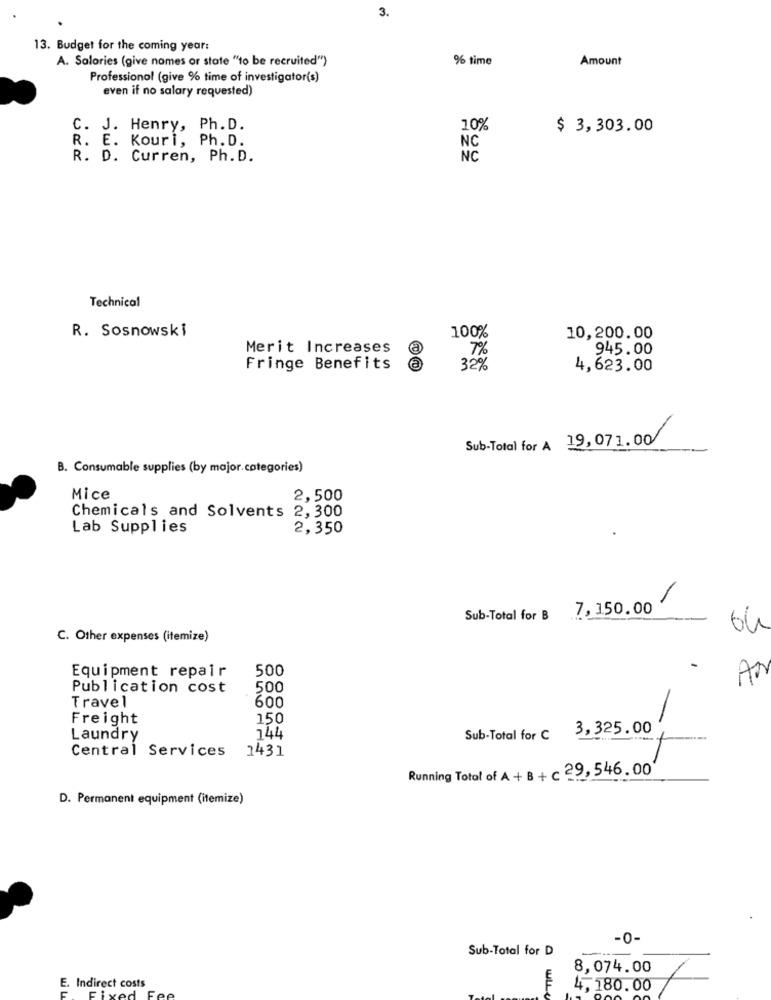
3.
13. Budget for the coming year:
A. Salaries (give names or state "to be recruited")
% time
Amount
Professional (give % time of investigator(s)
even if no salary requested)
C. J. Henry, Ph. D.
10%
$ 3,303.00
R. E. Kouri, Ph.D.
NC
R. D. Curren, Ph. D.
NC
Technical
R. Sosnowski
100%
10,200.00
Merit Increases
7%
945.00
Fringe Benefits
32%
4,623.00
Sub-Total for A 19,071.00
B. Consumable supplies (by major. categories)
Mice
2,500
Chemicals and Solvents 2, 300
Lab Supplies
2,350
Sub-Total for B 7, 150.00
64
C. Other expenses (itemize)
Equipment repair
500
An
Publication cost
500
Travel
600
Freight
150
Sub-Total for C 3,325.00
Laundry
744
Central Services
2431
Running Total of A + B + c 29, 546.00
D. Permanent equipment (itemize)
-0-
Sub-Total for D
8,074.00
E. Indirect costs
WLL
4,180.00
Fixed